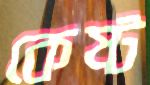
কেষ্ট